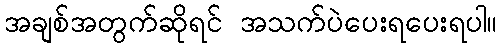
အချစ်အတွက်ဆိုရင် အသက်ပဲပေးရပေးရပါ။